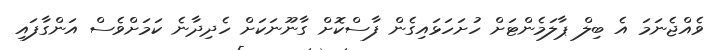
ވެއްޖެނަމަ އެ ބިލް ޕާލަމެންޓަށް ހުށަހަޅައިގެން ފާސްކޮށް ގާނޫނަކަށް ހެދިދާނެ ކަމަށްވެސް އަންގާފައި